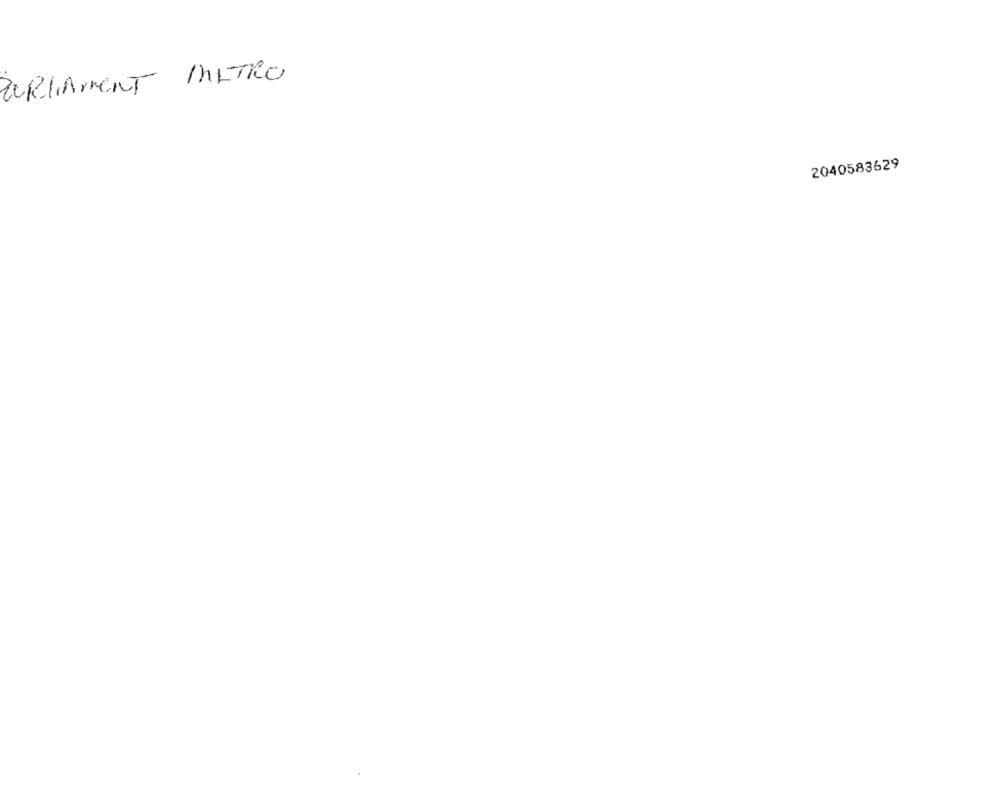
PARLIAMENT METRO
2040583629